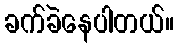
ခက်ခဲနေပါတယ်။